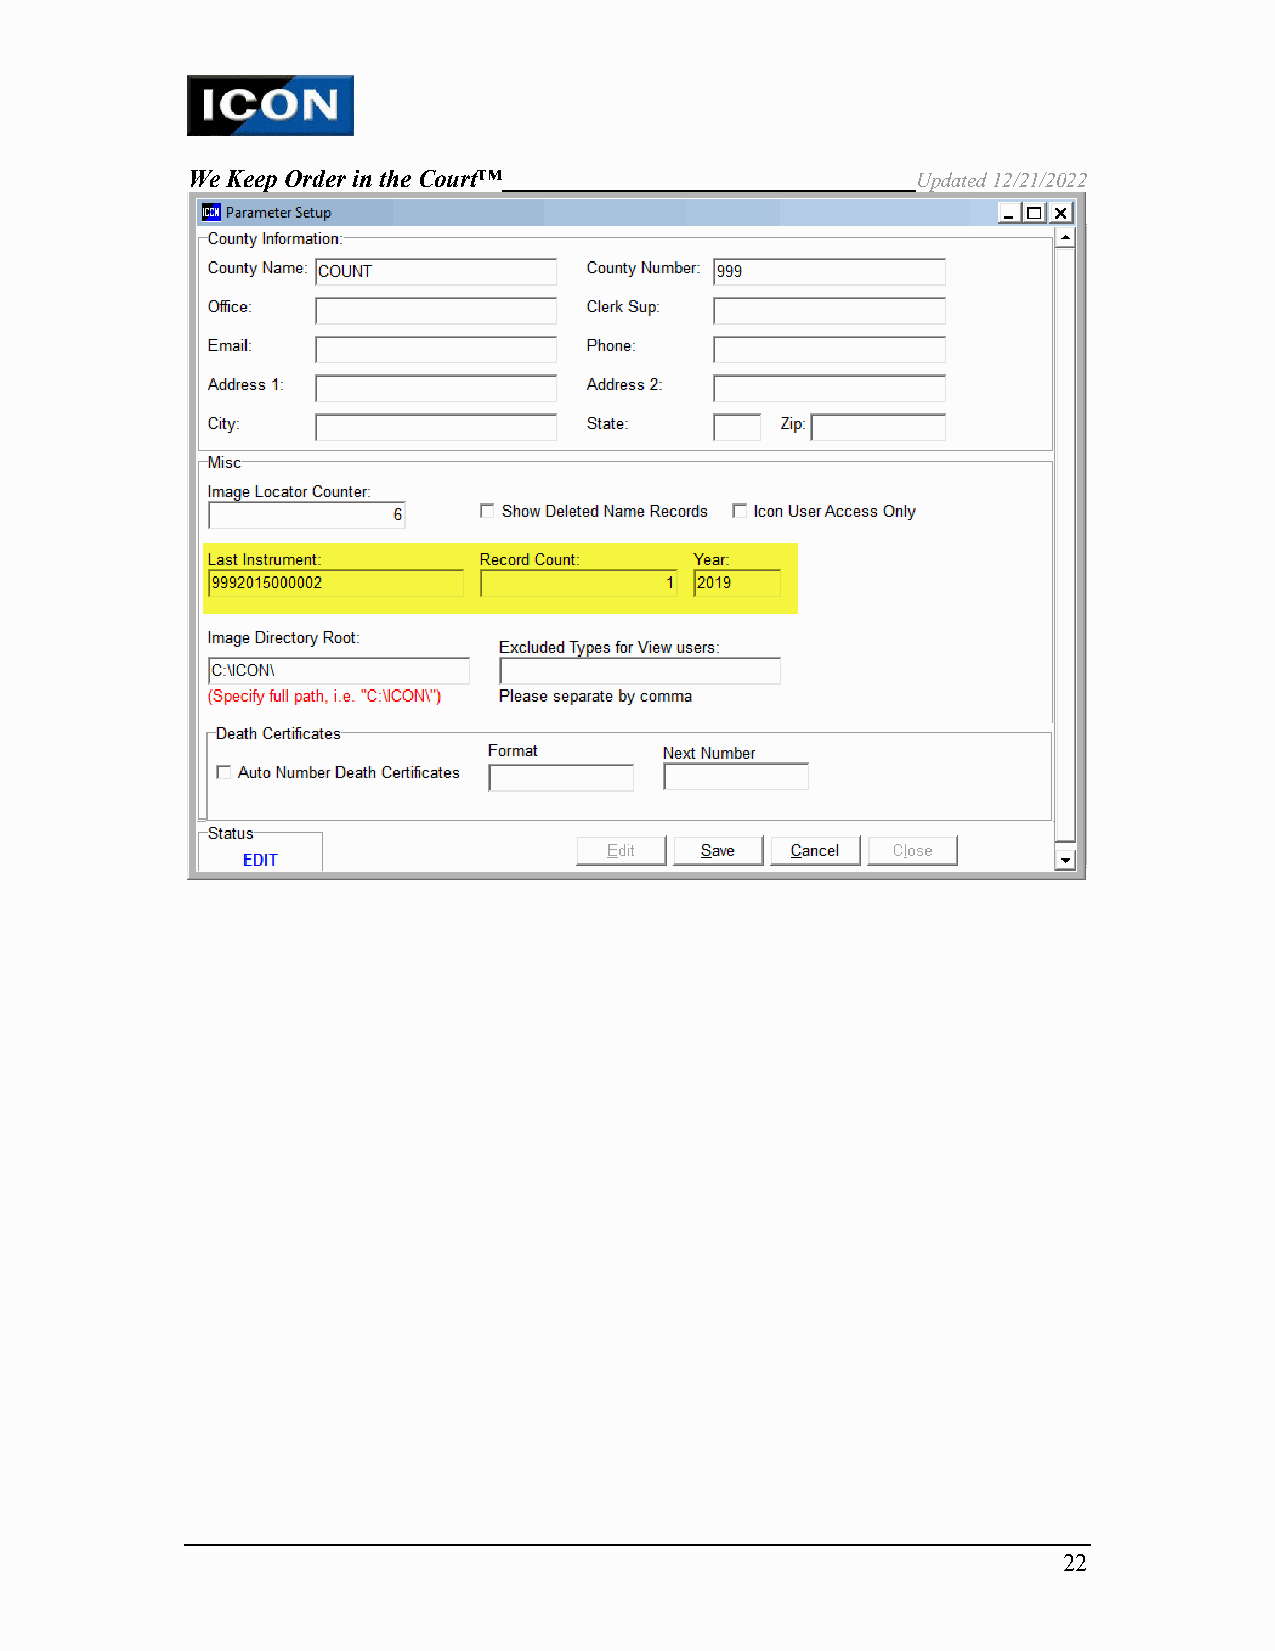
We Keep Order in the Court™                      Updated 12/21/2022
 22